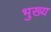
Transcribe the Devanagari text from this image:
भुख्य